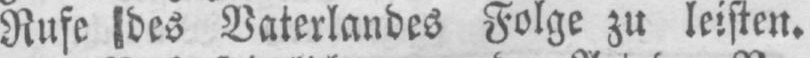
Rufe des Vaterlandes Folge zu leisten.